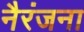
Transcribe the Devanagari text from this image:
नैरंजना